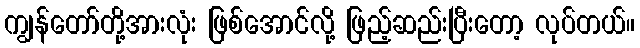
ကျွန်တော်တို့အားလုံး ဖြစ်အောင်လို့ ဖြည့်ဆည်းပြီးတော့ လုပ်တယ်။